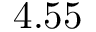
4 . 5 5